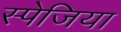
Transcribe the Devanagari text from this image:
स्पेजिया